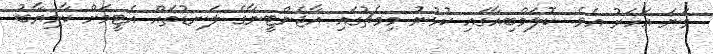
ވަނަ އަހަރު އެވެ. ކޮލަމްބިއާގައި ކުޅުނު މިމެޗުގައި އާޖެންޓީނާގެ ލަނޑުތައް އެޓީމަށް ކާމިޔާބު